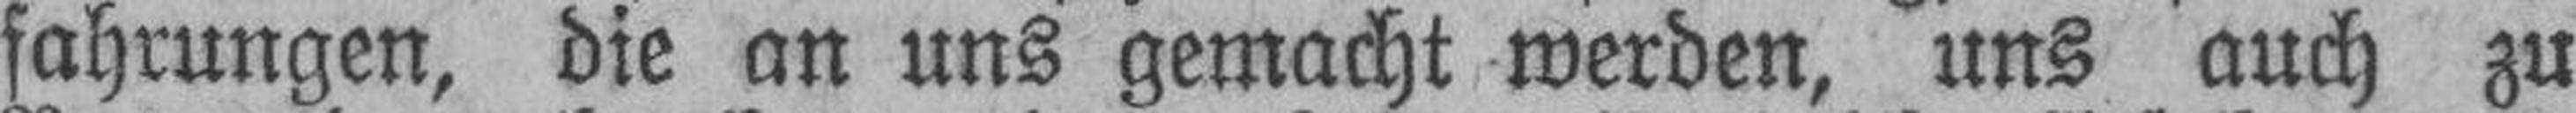
fahrungen, die an uns gemacht werden, uns auch zu